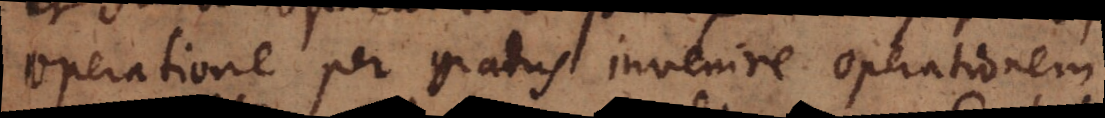
operatione per gradus invenire operationem